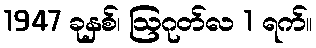
1947 ခုနှစ်၊ ဩဂုတ်လ 1 ရက်။